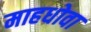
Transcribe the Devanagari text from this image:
माहधोवा